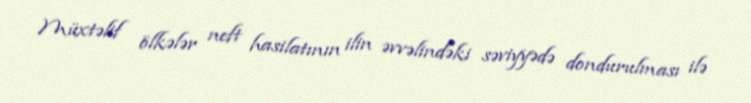
Müxtəlif ölkələr neft hasilatının ilin əvvəlindəki səviyyədə dondurulması ilə